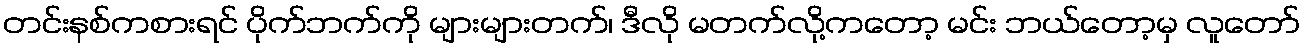
တင်းနစ်ကစားရင် ပိုက်ဘက်ကို များများတက်၊ ဒီလို မတက်လို့ကတော့ မင်း ဘယ်တော့မှ လူတော်